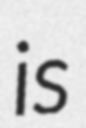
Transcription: is